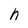
Character: h